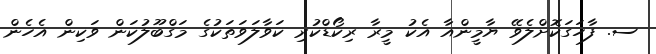
ސ. ފާހަގަކޮށްލެވޭ ޔާމީންއާ އެކު މީރާ ރިކޯޑްކުރި ކަވާލަވަތަކުގެ މަގްބޫލުކަން ވަކިން އެހެން